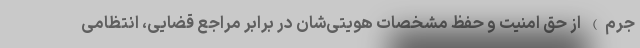
جرم) از حق امنیت و حفظ مشخصات هویتی‌شان در برابر مراجع قضایی، انتظامی